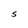
Character: S